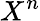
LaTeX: X^{n}